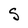
Character: S